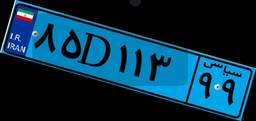
۱۲D۰۵۲۰۳